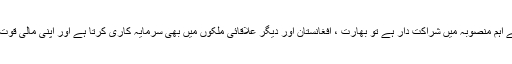
اسی لئے چین اگر پاکستان کے ساتھ دوستی اور تعاون کے اہم منصوبہ میں شراکت دار ہے تو بھارت ، افغانستان اور دیگر علاقائی ملکوں میں بھی سرمایہ کاری کرتا ہے اور اپنی مالی قوت کو معاشی مفادات کے تحفظ کے لئے استعمال کرتا ہے۔